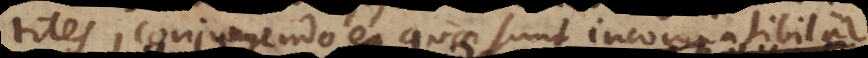
tiles, conjungendo ea quae sunt incompatibi